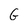
Character: G